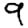
Digit: 9